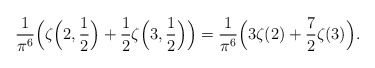
\begin{align*} \frac{1}{\pi^6}\Big(\zeta\Big(2,\frac{1}{2}\Big)+\frac{1}{2}\zeta\Big(3,\frac{1}{2}\Big)\Big) = \frac{1}{\pi^6}\Big(3\zeta(2)+\frac{7}{2}\zeta(3)\Big). \end{align*}